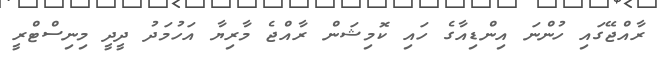
ރާއްޖޭގައި ހުންނަ އިންޑިއާގެ ހައި ކޮމިޝަން ރާއްޖެ މާރިޔާ އަހުމަދު ދީދީ މިނިސްޓްރީ